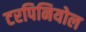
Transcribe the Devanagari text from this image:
टरपिनियोल